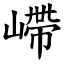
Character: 嵽